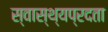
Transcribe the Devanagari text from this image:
स्वास्थ्यप्रदता